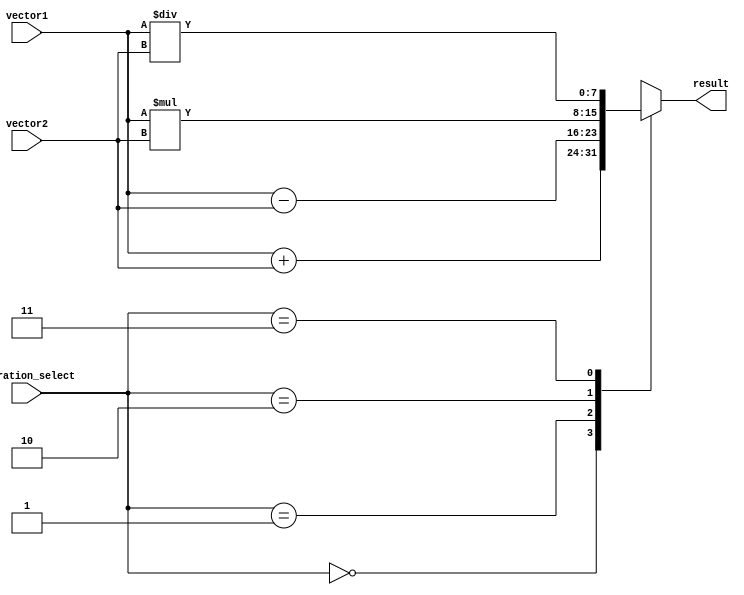
module Vector_ALU (
    input [7:0] vector1,
    input [7:0] vector2,
    input [1:0] operation_select,
    output reg [7:0] result
);

always @(*) begin
    case(operation_select)
        2'b00: result = vector1 + vector2; // addition
        2'b01: result = vector1 - vector2; // subtraction
        2'b10: result = vector1 * vector2; // multiplication
        2'b11: result = vector1 / vector2; // division
    endcase
end

endmodule